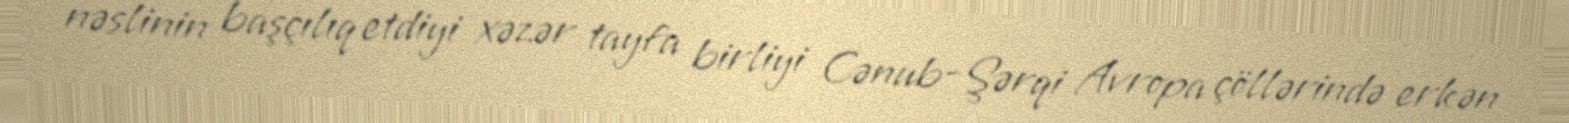
nəslinin başçılıq etdiyi xəzər tayfa birliyi Cənub-Şərqi Avropa çöllərində erkən